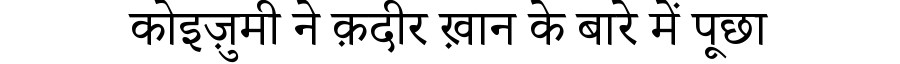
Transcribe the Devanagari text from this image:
कोइज़ुमी ने क़दीर ख़ान के बारे में पूछा